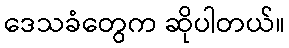
ဒေသခံတွေက ဆိုပါတယ်။